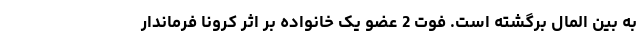
به بین المال برگشته است. فوت 2 عضو یک خانواده بر اثر کرونا فرماندار